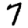
Digit: 7